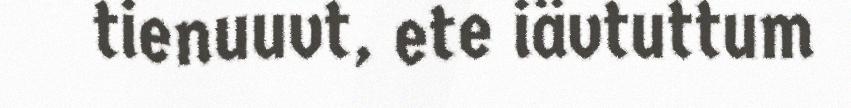
tienuuvt, ete iävtuttum